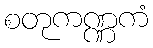
စတုကဏ္ဏကံ